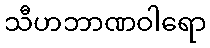
သီဟဘာဏဝါရော